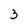
Character: 3